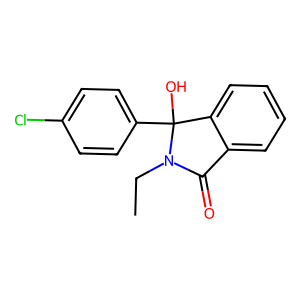
SMILES: CCN1C(=O)c2ccccc2C1(O)c1ccc(Cl)cc1
Inhibits HIV replication: No